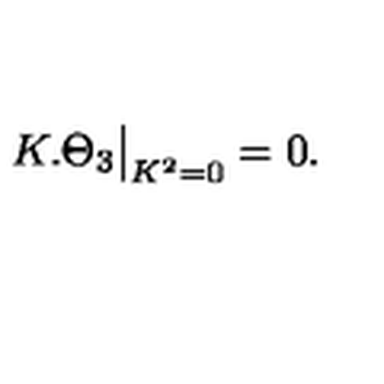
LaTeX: K . \Theta _ { 3 } { \big | } _ { K ^ { 2 } = 0 } = 0 .